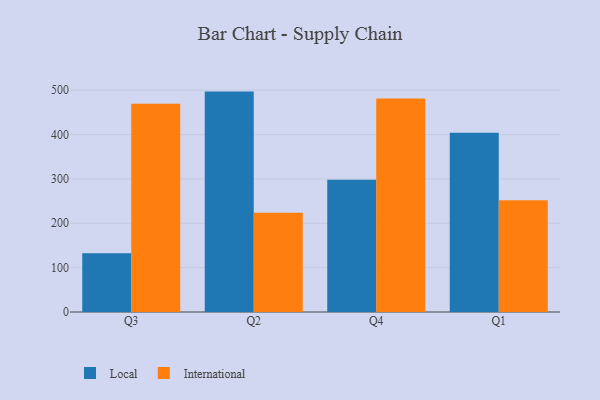
{"axis": {"x": "Quarter", "y": "Production Output"}, "legend": ["International", "Local"], "data": [{"x": "Q3", "y": 132.2, "type": "Local"}, {"x": "Q3", "y": 469.4, "type": "International"}, {"x": "Q2", "y": 496.9, "type": "Local"}, {"x": "Q2", "y": 223.5, "type": "International"}, {"x": "Q4", "y": 298.1, "type": "Local"}, {"x": "Q4", "y": 481.6, "type": "International"}, {"x": "Q1", "y": 404.2, "type": "Local"}, {"x": "Q1", "y": 251.9, "type": "International"}]}